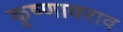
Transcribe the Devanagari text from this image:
कृष्णावराव